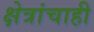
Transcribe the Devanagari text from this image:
क्षेत्रांचाही